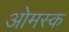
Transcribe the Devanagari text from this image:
ओमस्क